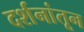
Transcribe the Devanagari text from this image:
दर्शनांतून